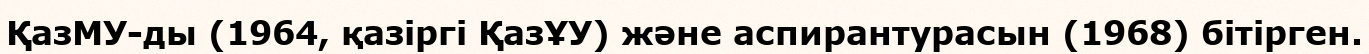
ҚазМУ-ды (1964, қазіргі ҚазҰУ) және аспирантурасын (1968) бітірген.